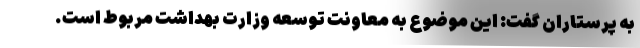
به پرستاران گفت: این موضوع به معاونت توسعه وزارت بهداشت مربوط است.